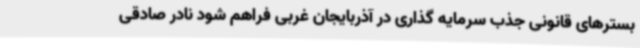
بسترهای قانونی جذب سرمایه گذاری در آذربایجان غربی فراهم شود نادر صادقی